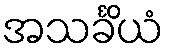
အသင်္ခိယံ